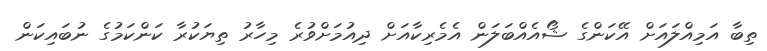
ތިބާ އަމިއްލައަށް އޭކަންގެ ޝޯއެއްބަލަން އެމެރިކާއަށް ދިއުމަށްވުރެ މިހާރު ތިޔަކުރާ ކަންކަމުގެ ނުބައިކަން